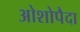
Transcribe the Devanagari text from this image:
ओशोपैदा